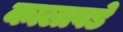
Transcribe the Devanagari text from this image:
कालावडे